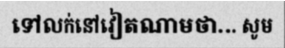
ទៅលក់នៅវៀតណាមថា... សូម